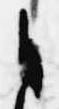
自